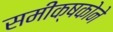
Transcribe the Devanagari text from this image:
समीक्षकोने